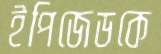
ইপিজেডকে